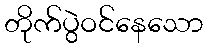
တိုက်ပွဲဝင်နေသော